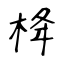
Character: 栙